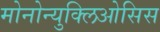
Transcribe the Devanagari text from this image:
मोनोन्युक्लिओसिस